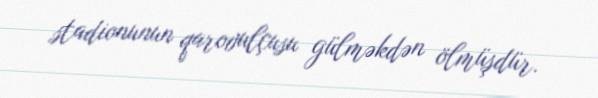
stadionunun qarovulçusu gülməkdən ölmüşdür.